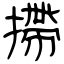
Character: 摕